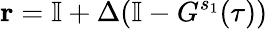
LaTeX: \mathbf{r}=\mathbb{I}+{\Delta}(\mathbb{I}-{G}^{s_{1}}(\tau))